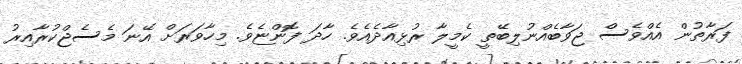
ފަރާތުން އެއްވެސް ޖަވާބެއްނުލިބޭތީ ކެމީލާ ރުޅިއާދެއެވެ. ހާދަ ފޮންޏެވެ. މިހާވަރަށް އޭނަ މެސެޖްކުރާއިރު